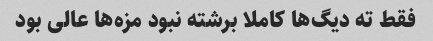
فقط ته دیگ‌ها کاملا برشته نبود مزه‌ها عالی بود